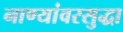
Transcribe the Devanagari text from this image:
नाण्यांवरसुद्धा